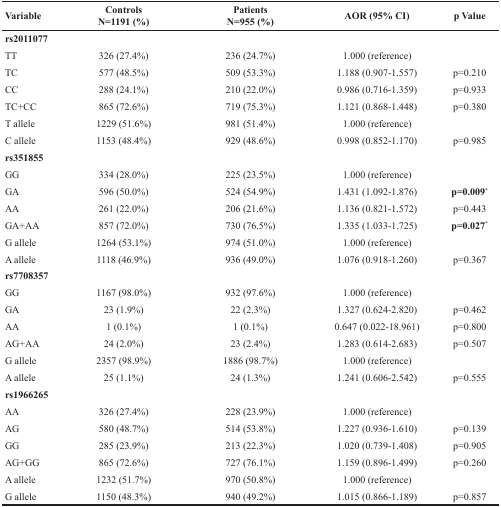
<table><thead><tr><td><b>Variable</b></td><td><b>ControlsN=1191 (%)</b></td><td><b>PatientsN=955 (%)</b></td><td><b>AOR (95% CI)</b></td><td><b>p Value</b></td></tr></thead><tbody><tr><td><b>rs2011077</b></td><td>[EMPTY_CELL]</td><td>[EMPTY_CELL]</td><td>[EMPTY_CELL]</td><td>[EMPTY_CELL]</td></tr><tr><td>TT</td><td>326 (27.4%)</td><td>236 (24.7%)</td><td>1.000 (reference)</td><td>[EMPTY_CELL]</td></tr><tr><td>TC</td><td>577 (48.5%)</td><td>509 (53.3%)</td><td>1.188 (0.907-1.557)</td><td>p=0.210</td></tr><tr><td>CC</td><td>288 (24.1%)</td><td>210 (22.0%)</td><td>0.986 (0.716-1.359)</td><td>p=0.933</td></tr><tr><td>TC+CC</td><td>865 (72.6%)</td><td>719 (75.3%)</td><td>1.121 (0.868-1.448)</td><td>p=0.380</td></tr><tr><td>T allele</td><td>1229 (51.6%)</td><td>981 (51.4%)</td><td>1.000 (reference)</td><td>[EMPTY_CELL]</td></tr><tr><td>C allele</td><td>1153 (48.4%)</td><td>929 (48.6%)</td><td>0.998 (0.852-1.170)</td><td>p=0.985</td></tr><tr><td><b>rs351855</b></td><td>[EMPTY_CELL]</td><td>[EMPTY_CELL]</td><td>[EMPTY_CELL]</td><td>[EMPTY_CELL]</td></tr><tr><td>GG</td><td>334 (28.0%)</td><td>225 (23.5%)</td><td>1.000 (reference)</td><td>[EMPTY_CELL]</td></tr><tr><td>GA</td><td>596 (50.0%)</td><td>524 (54.9%)</td><td>1.431 (1.092-1.876)</td><td><b>p=0.009*</b></td></tr><tr><td>AA</td><td>261 (22.0%)</td><td>206 (21.6%)</td><td>1.136 (0.821-1.572)</td><td>p=0.443</td></tr><tr><td>GA+AA</td><td>857 (72.0%)</td><td>730 (76.5%)</td><td>1.335 (1.033-1.725)</td><td><b>p=0.027*</b></td></tr><tr><td>G allele</td><td>1264 (53.1%)</td><td>974 (51.0%)</td><td>1.000 (reference)</td><td>[EMPTY_CELL]</td></tr><tr><td>A allele</td><td>1118 (46.9%)</td><td>936 (49.0%)</td><td>1.076 (0.918-1.260)</td><td>p=0.367</td></tr><tr><td><b>rs7708357</b></td><td>[EMPTY_CELL]</td><td>[EMPTY_CELL]</td><td>[EMPTY_CELL]</td><td>[EMPTY_CELL]</td></tr><tr><td>GG</td><td>1167 (98.0%)</td><td>932 (97.6%)</td><td>1.000 (reference)</td><td>[EMPTY_CELL]</td></tr><tr><td>GA</td><td>23 (1.9%)</td><td>22 (2.3%)</td><td>1.327 (0.624-2.820)</td><td>p=0.462</td></tr><tr><td>AA</td><td>1 (0.1%)</td><td>1 (0.1%)</td><td>0.647 (0.022-18.961)</td><td>p=0.800</td></tr><tr><td>AG+AA</td><td>24 (2.0%)</td><td>23 (2.4%)</td><td>1.283 (0.614-2.683)</td><td>p=0.507</td></tr><tr><td>G allele</td><td>2357 (98.9%)</td><td>1886 (98.7%)</td><td>1.000 (reference)</td><td>[EMPTY_CELL]</td></tr><tr><td>A allele</td><td>25 (1.1%)</td><td>24 (1.3%)</td><td>1.241 (0.606-2.542)</td><td>p=0.555</td></tr><tr><td><b>rs1966265</b></td><td>[EMPTY_CELL]</td><td>[EMPTY_CELL]</td><td>[EMPTY_CELL]</td><td>[EMPTY_CELL]</td></tr><tr><td>AA</td><td>326 (27.4%)</td><td>228 (23.9%)</td><td>1.000 (reference)</td><td>[EMPTY_CELL]</td></tr><tr><td>AG</td><td>580 (48.7%)</td><td>514 (53.8%)</td><td>1.227 (0.936-1.610)</td><td>p=0.139</td></tr><tr><td>GG</td><td>285 (23.9%)</td><td>213 (22.3%)</td><td>1.020 (0.739-1.408)</td><td>p=0.905</td></tr><tr><td>AG+GG</td><td>865 (72.6%)</td><td>727 (76.1%)</td><td>1.159 (0.896-1.499)</td><td>p=0.260</td></tr><tr><td>A allele</td><td>1232 (51.7%)</td><td>970 (50.8%)</td><td>1.000 (reference)</td><td>[EMPTY_CELL]</td></tr><tr><td>G allele</td><td>1150 (48.3%)</td><td>940 (49.2%)</td><td>1.015 (0.866-1.189)</td><td>p=0.857</td></tr></tbody></table>